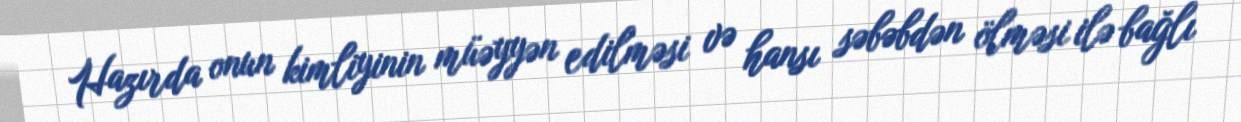
Hazırda onun kimliyinin müəyyən edilməsi və hansı səbəbdən ölməsi ilə bağlı